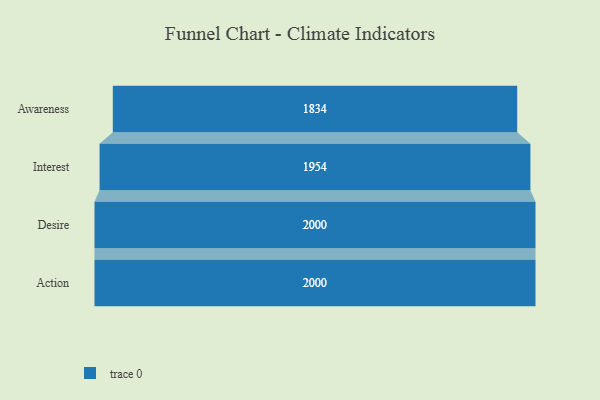
{"axis": {"x": "Stage", "y": "Value"}, "legend": [""], "data": [{"x": "Awareness", "y": 1834.0, "type": ""}, {"x": "Interest", "y": 1954.0, "type": ""}, {"x": "Desire", "y": 2000, "type": ""}, {"x": "Action", "y": 2000, "type": ""}]}